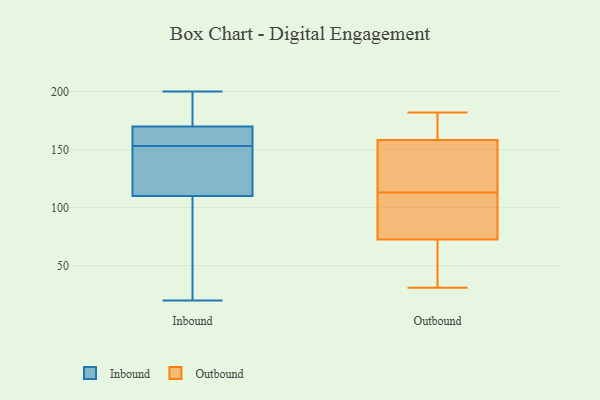
{"axis": {"x": "Population (Million)", "y": "Value"}, "legend": ["Inbound", "Outbound"], "data": [{"x": "", "y": 170, "type": "Inbound"}, {"x": "", "y": 153, "type": "Inbound"}, {"x": "", "y": 194, "type": "Inbound"}, {"x": "", "y": 20, "type": "Inbound"}, {"x": "", "y": 132, "type": "Inbound"}, {"x": "", "y": 200, "type": "Inbound"}, {"x": "", "y": 122, "type": "Inbound"}, {"x": "", "y": 153, "type": "Inbound"}, {"x": "", "y": 60, "type": "Inbound"}, {"x": "", "y": 178, "type": "Inbound"}, {"x": "", "y": 60, "type": "Inbound"}, {"x": "", "y": 160, "type": "Inbound"}, {"x": "", "y": 110, "type": "Inbound"}, {"x": "", "y": 160, "type": "Inbound"}, {"x": "", "y": 77, "type": "Outbound"}, {"x": "", "y": 167, "type": "Outbound"}, {"x": "", "y": 147, "type": "Outbound"}, {"x": "", "y": 175, "type": "Outbound"}, {"x": "", "y": 71, "type": "Outbound"}, {"x": "", "y": 159, "type": "Outbound"}, {"x": "", "y": 113, "type": "Outbound"}, {"x": "", "y": 31, "type": "Outbound"}, {"x": "", "y": 182, "type": "Outbound"}, {"x": "", "y": 107, "type": "Outbound"}, {"x": "", "y": 109, "type": "Outbound"}, {"x": "", "y": 63, "type": "Outbound"}, {"x": "", "y": 124, "type": "Outbound"}, {"x": "", "y": 156, "type": "Outbound"}, {"x": "", "y": 56, "type": "Outbound"}]}